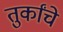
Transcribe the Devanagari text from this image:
तुर्कांचे